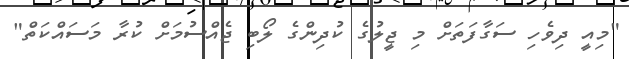
"މިއީ ދިވެހި ސަގާފަތަށް މި ޖީލުގެ ކުދިންގެ ލޯބި ޖެއްސުމަށް ކުރާ މަސައްކަތް"